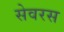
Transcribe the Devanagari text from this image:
सेवरस